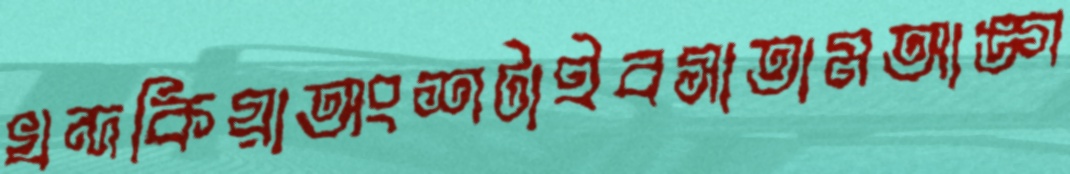
খন্দকিয়াঅংশটাইবসাতামআঙ্গ